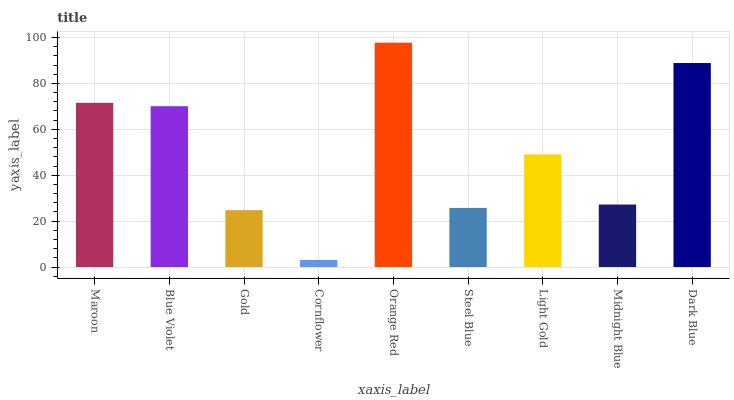
| xaxis_label | bars |
 | --- | --- |
 | Maroon | 71.5 |
 | Blue Violet | 70.1 |
 | Gold | 24.8 |
 | Cornflower | 3.1 |
 | Orange Red | 97.7 |
 | Steel Blue | 25.8 |
 | Light Gold | 49.1 |
 | Midnight Blue | 27.2 |
 | Dark Blue | 88.9 |